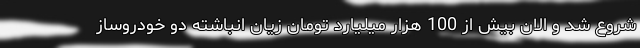
شروع شد و الان بیش از 100 هزار میلیارد تومان زیان انباشته دو خودروساز